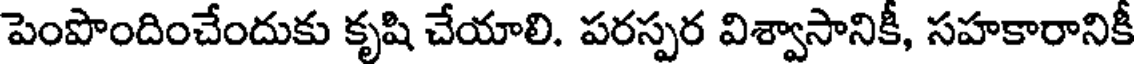
పెంపొందించేందుకు కృషి చేయాలి. పరస్పర విశ్వాసానికీ, సహకారానికీ